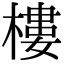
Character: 樓